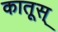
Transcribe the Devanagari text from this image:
कातूस्